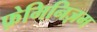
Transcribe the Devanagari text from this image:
फ़ेमिनिज़म